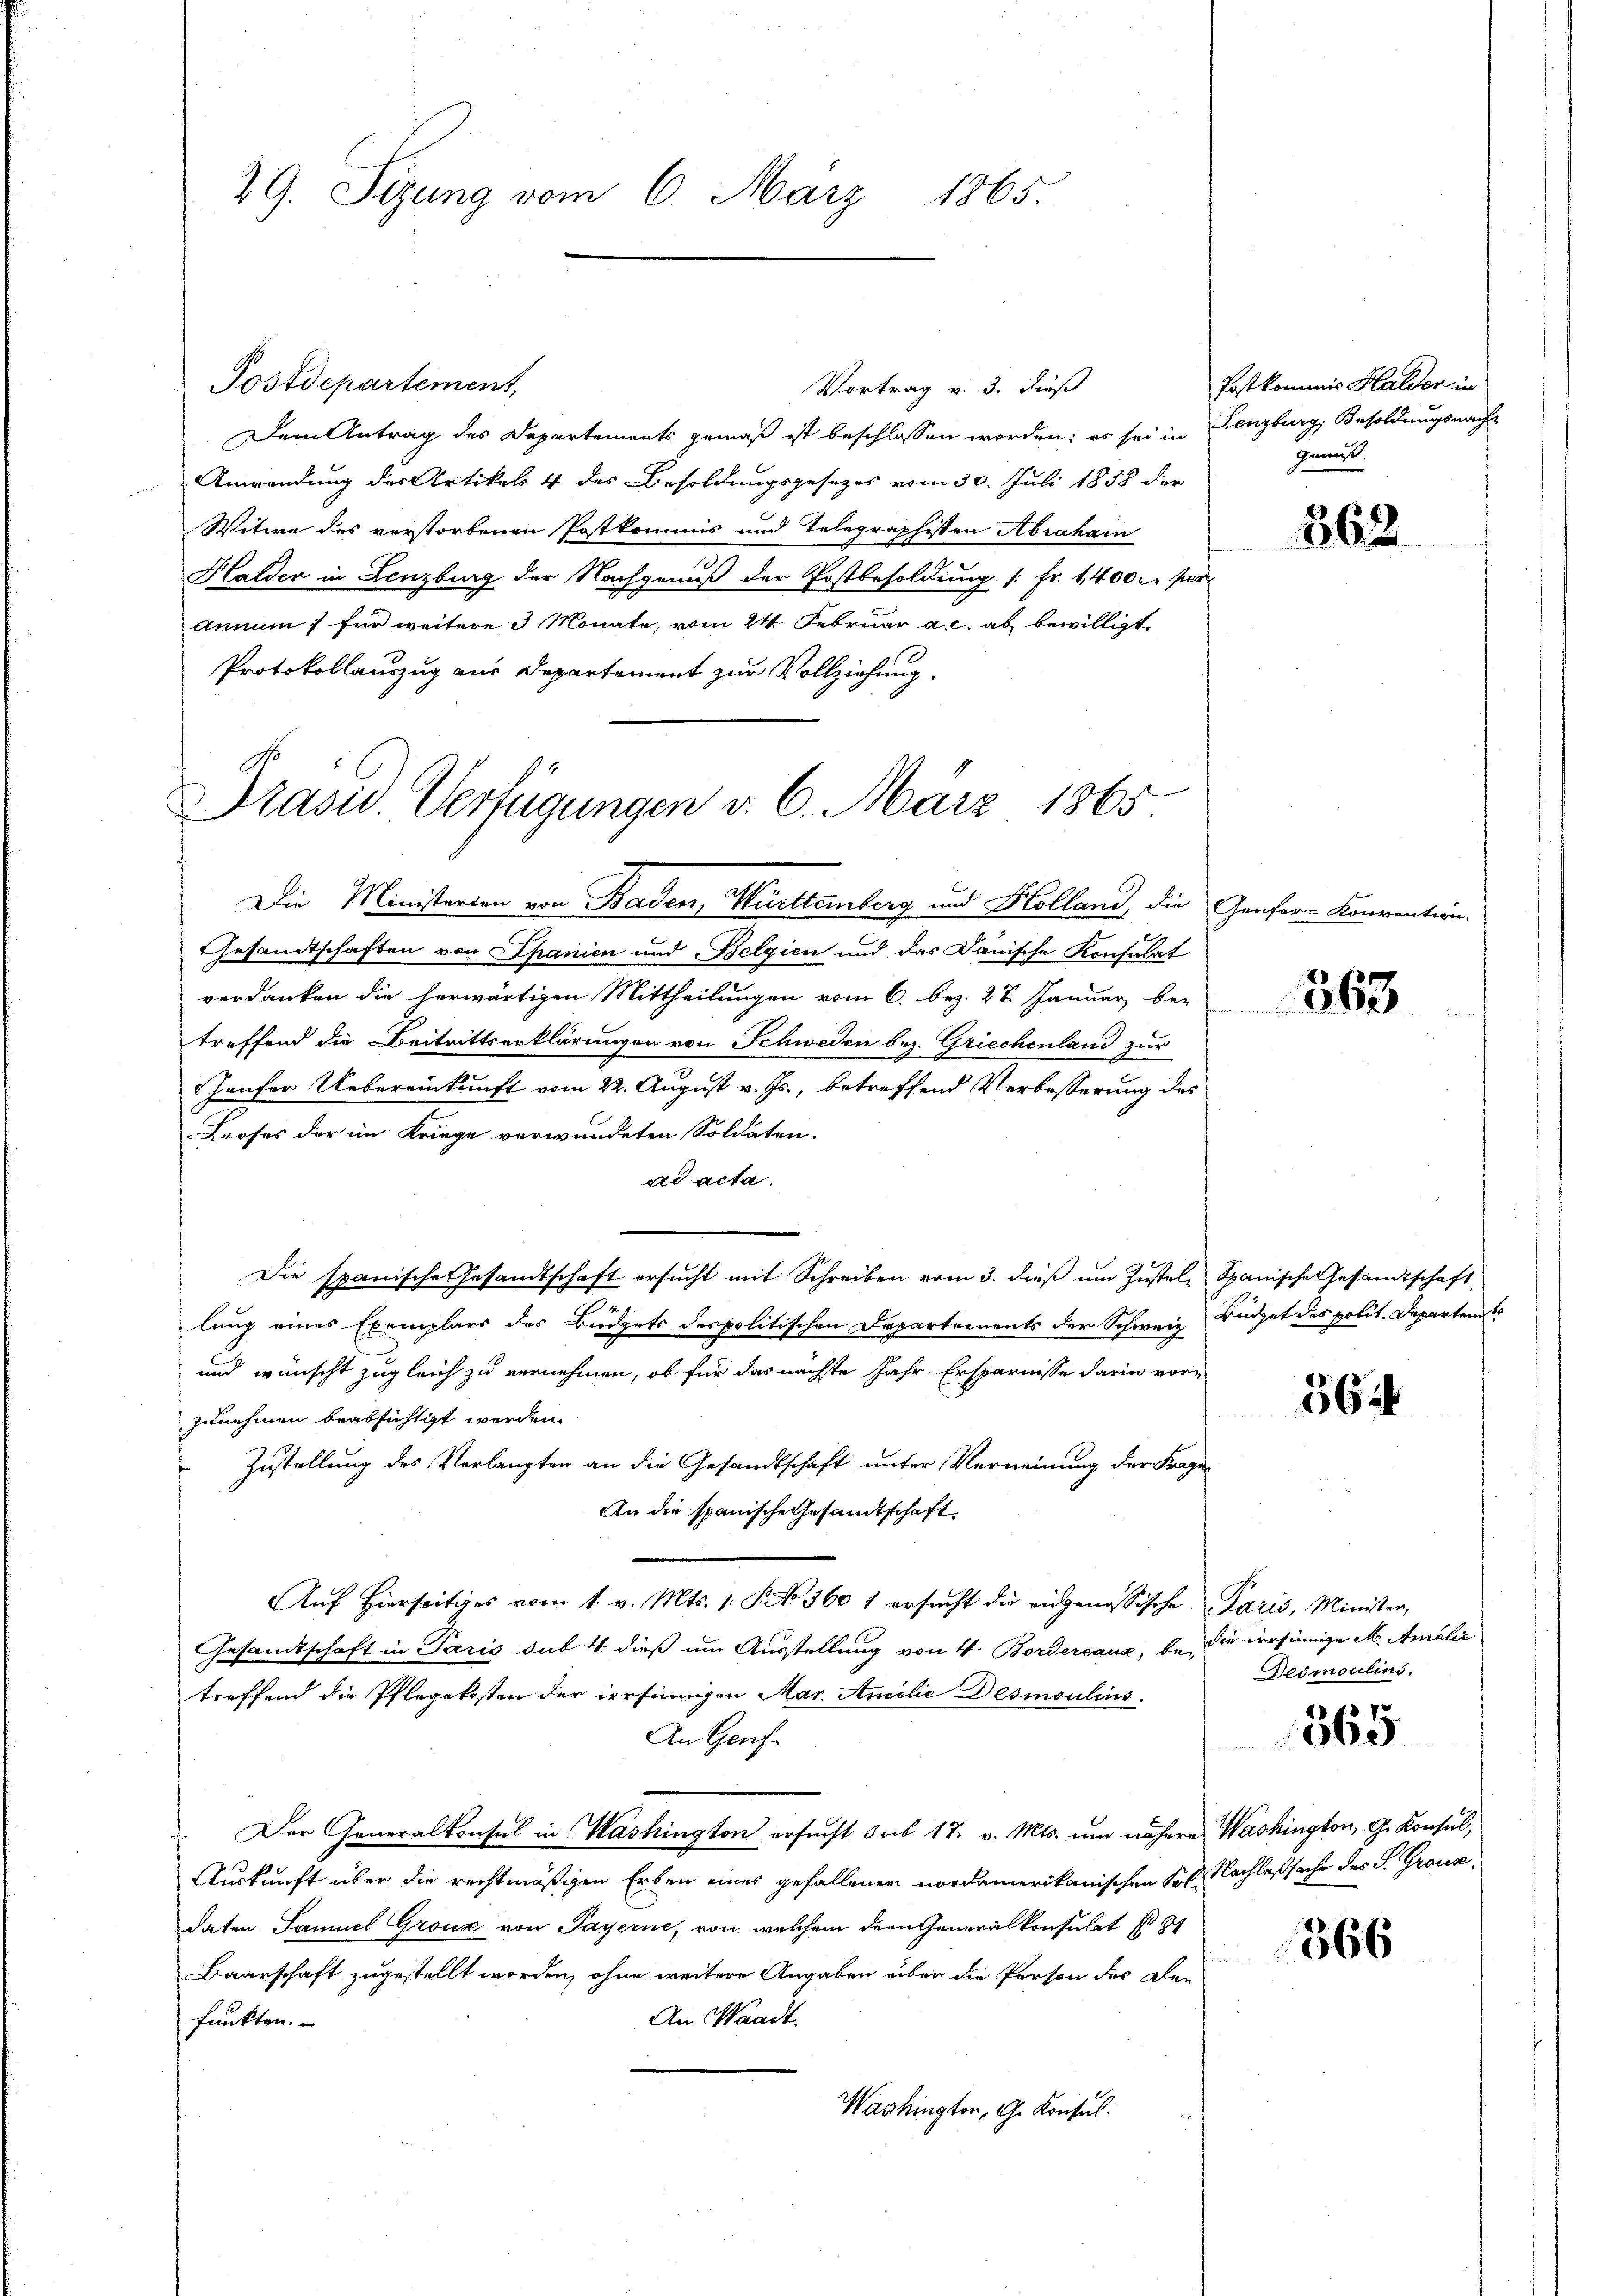
29. Sizung vom 6. März 1865.

Postdepartement,
Vortrag v. 3. Fuß
Dem Antrag des Departements gemäß ist beschlossen worden; es sei in Lenzburg, Besoldungsnach¬
Anwendung des Artikels 4 des Besoldungsgesetzes vom 30. Juli 1858 der
Witwe des verstorbenen Postkommis und Telegraphisten Abraham
Halder in Lenzburg der Nachgenuß der Postbesoldung /: Fr. 1400 l. per
Annum für weitere 3 Monate, vom 24. Februar a. c. ab bewilligt
Protokollauszug aus Departement zur Vollziehung.
Präsid. Verfügungen v. 6. März 1865.

Die Ministerien von Baden, Württemberg und Holland, die Genfer-Konvention.
Gesandtschaften von Spanien und Belgien und das Danische Konsulat
verdanken die herwärtigen Mittheilungen vom 6. bez. 28. Januar, be-
treffend die Beitrittserklärungen von Schweden bez. Griechenland zur
Haufer Uebereinkunft vom 22. August v. Js., betreffend Verbesserung des
Looses der im Kriege verwundeten Soldaten.
ad acta.
Die spanische Gesandtschaft ersucht mit Schreiben vom 3. dieß um Zustel Spanische Gesandtschaft
lung eines Exemplars des Büdgets des politischen Departements der Schweiz Büdget des polit. Departen to
und wünscht zugleich zu vernehmen, ob für das nächste Jahr Ersparnisse darin vore
zunehmen beabsichtigt werden.
Zustellung des Verlangten an die Gesandtschaft unter Verneinung der Fragen
An die spanische Gesandtschaft.
Aŭf Hierseitiges vom 1. v. Mts. 1. P. Nr. 360 1 ersŭcht die eidgenössische Paris, Minister,
Gesandtschaft in Paris sub. 4. dieß um Ausstellung von 4 Bordereaux, be, die versinnige M. Amélić
treffend die Pflegekosten der irrsiningen Mar. Anilie Desmoulins.
An Genf
Der Generalkonsul in Washington ersucht sub 17. v. Mts. um nähere Washington, G. Konsul,
Auskunft über die rechtmäßigen Erben eines gefallenen nordamerikanischen Sol. Nachlaßsache des S. Graus,
daten Samuel Grouse von Payerne, von welchem der Generalkonsulat s
Baarschaft zugestellt worden, ohne weitere Angaben aber die Person der Den
An Waadt,
funkten.
Washington, G. Konsul

fast kommis Halder in
genuß.

362

363

564

Detmoulini.

48. 1
000

366